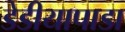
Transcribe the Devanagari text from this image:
डेडीयापाडा